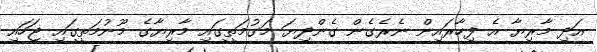
އަދި މާރިޔާ އެ ފިހާރައިން ނެރެގެން ގެންދިޔަ މަގުމަތީގައި މާރިޔާގެ މޫނުމަތީގައި ޖަހައި